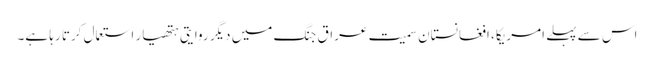
اس سے پہلے امریکا، افغانستان سمیت عراق جنگ میں دیگر روایتی ہتھیار استعمال کرتا رہا ہے۔